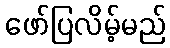
ဖော်ပြလိမ့်မည်